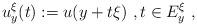
LaTeX: \begin{align*}u_{y}^{\xi}(t):=u(y+t\xi)~,t\in E_{y}^{\xi}~, \end{align*}